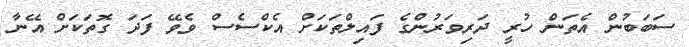
ސަބަބުން އެތަން ހުރީ ދަރިވަރުންގެ ފައިލްތަކަށް އެކްސެސް ވެވޭ ފަދަ ގޮތަކަށް އޭނާ